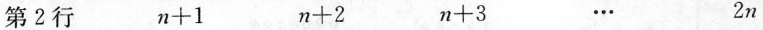
第2行 $$n + 1$$ $$n + 2$$ $$n + 3$$ … 2n